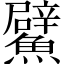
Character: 𩼢